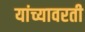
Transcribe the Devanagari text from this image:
यांच्यावरती